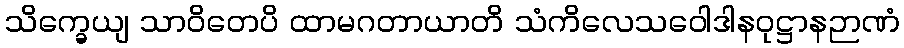
သိက္ခေယျ သာဝိတေပိ ထာမဂတာယာတိ သံကိလေသဝေါဒါနဝုဋ္ဌာနဉာဏံ